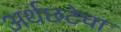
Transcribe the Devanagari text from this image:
अर्थछटेचा